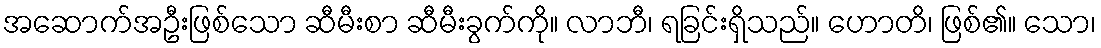
အဆောက်အဦးဖြစ်သော ဆီမီးစာ ဆီမီးခွက်ကို။ လာဘီ၊ ရခြင်းရှိသည်။ ဟောတိ၊ ဖြစ်၏။ သော၊